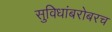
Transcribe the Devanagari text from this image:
सुविधांबरोबरच